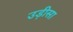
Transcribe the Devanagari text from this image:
उड़़ीसा